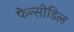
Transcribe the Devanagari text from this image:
फेन्सीडिल